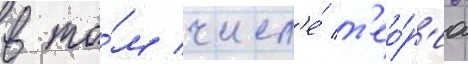
в то́м числ'е́ т'ео́р'иа